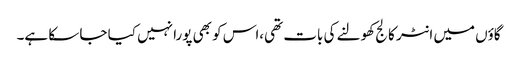
گاؤں میں انٹر کالج کھولنے کی بات تھی،اس کو بھی پورا نہیں کیا جا سکا ہے۔